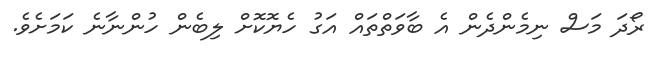
ރޯދަ މަސް ނިމެންދެން އެ ބާވަތްތައް އަގު ހެޔޮކޮށް ލިބެން ހުންނާނެ ކަމަށެވެ.